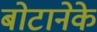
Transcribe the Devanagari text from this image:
बोटानेके